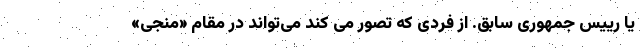
یا رییس جمهوری سابق. از فردی که تصور می کند می‌تواند در مقام «منجی»